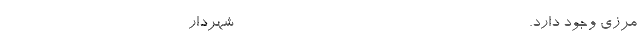
مرزی وجود دارد. ----------------------------------------- شهردار